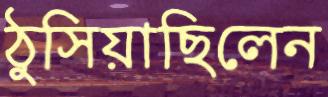
ঠুসিয়াছিলেন